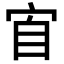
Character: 𭓫